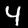
Label: 4